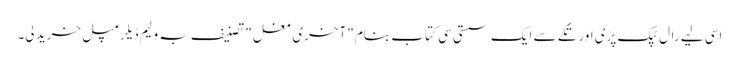
اسی لیے رال ٹپک پڑی اور تُکے سے ایک سستی سی کتاب بنام "آخری مغل" تصنیف بہ ولیم ڈیلرمپل خرید لی۔